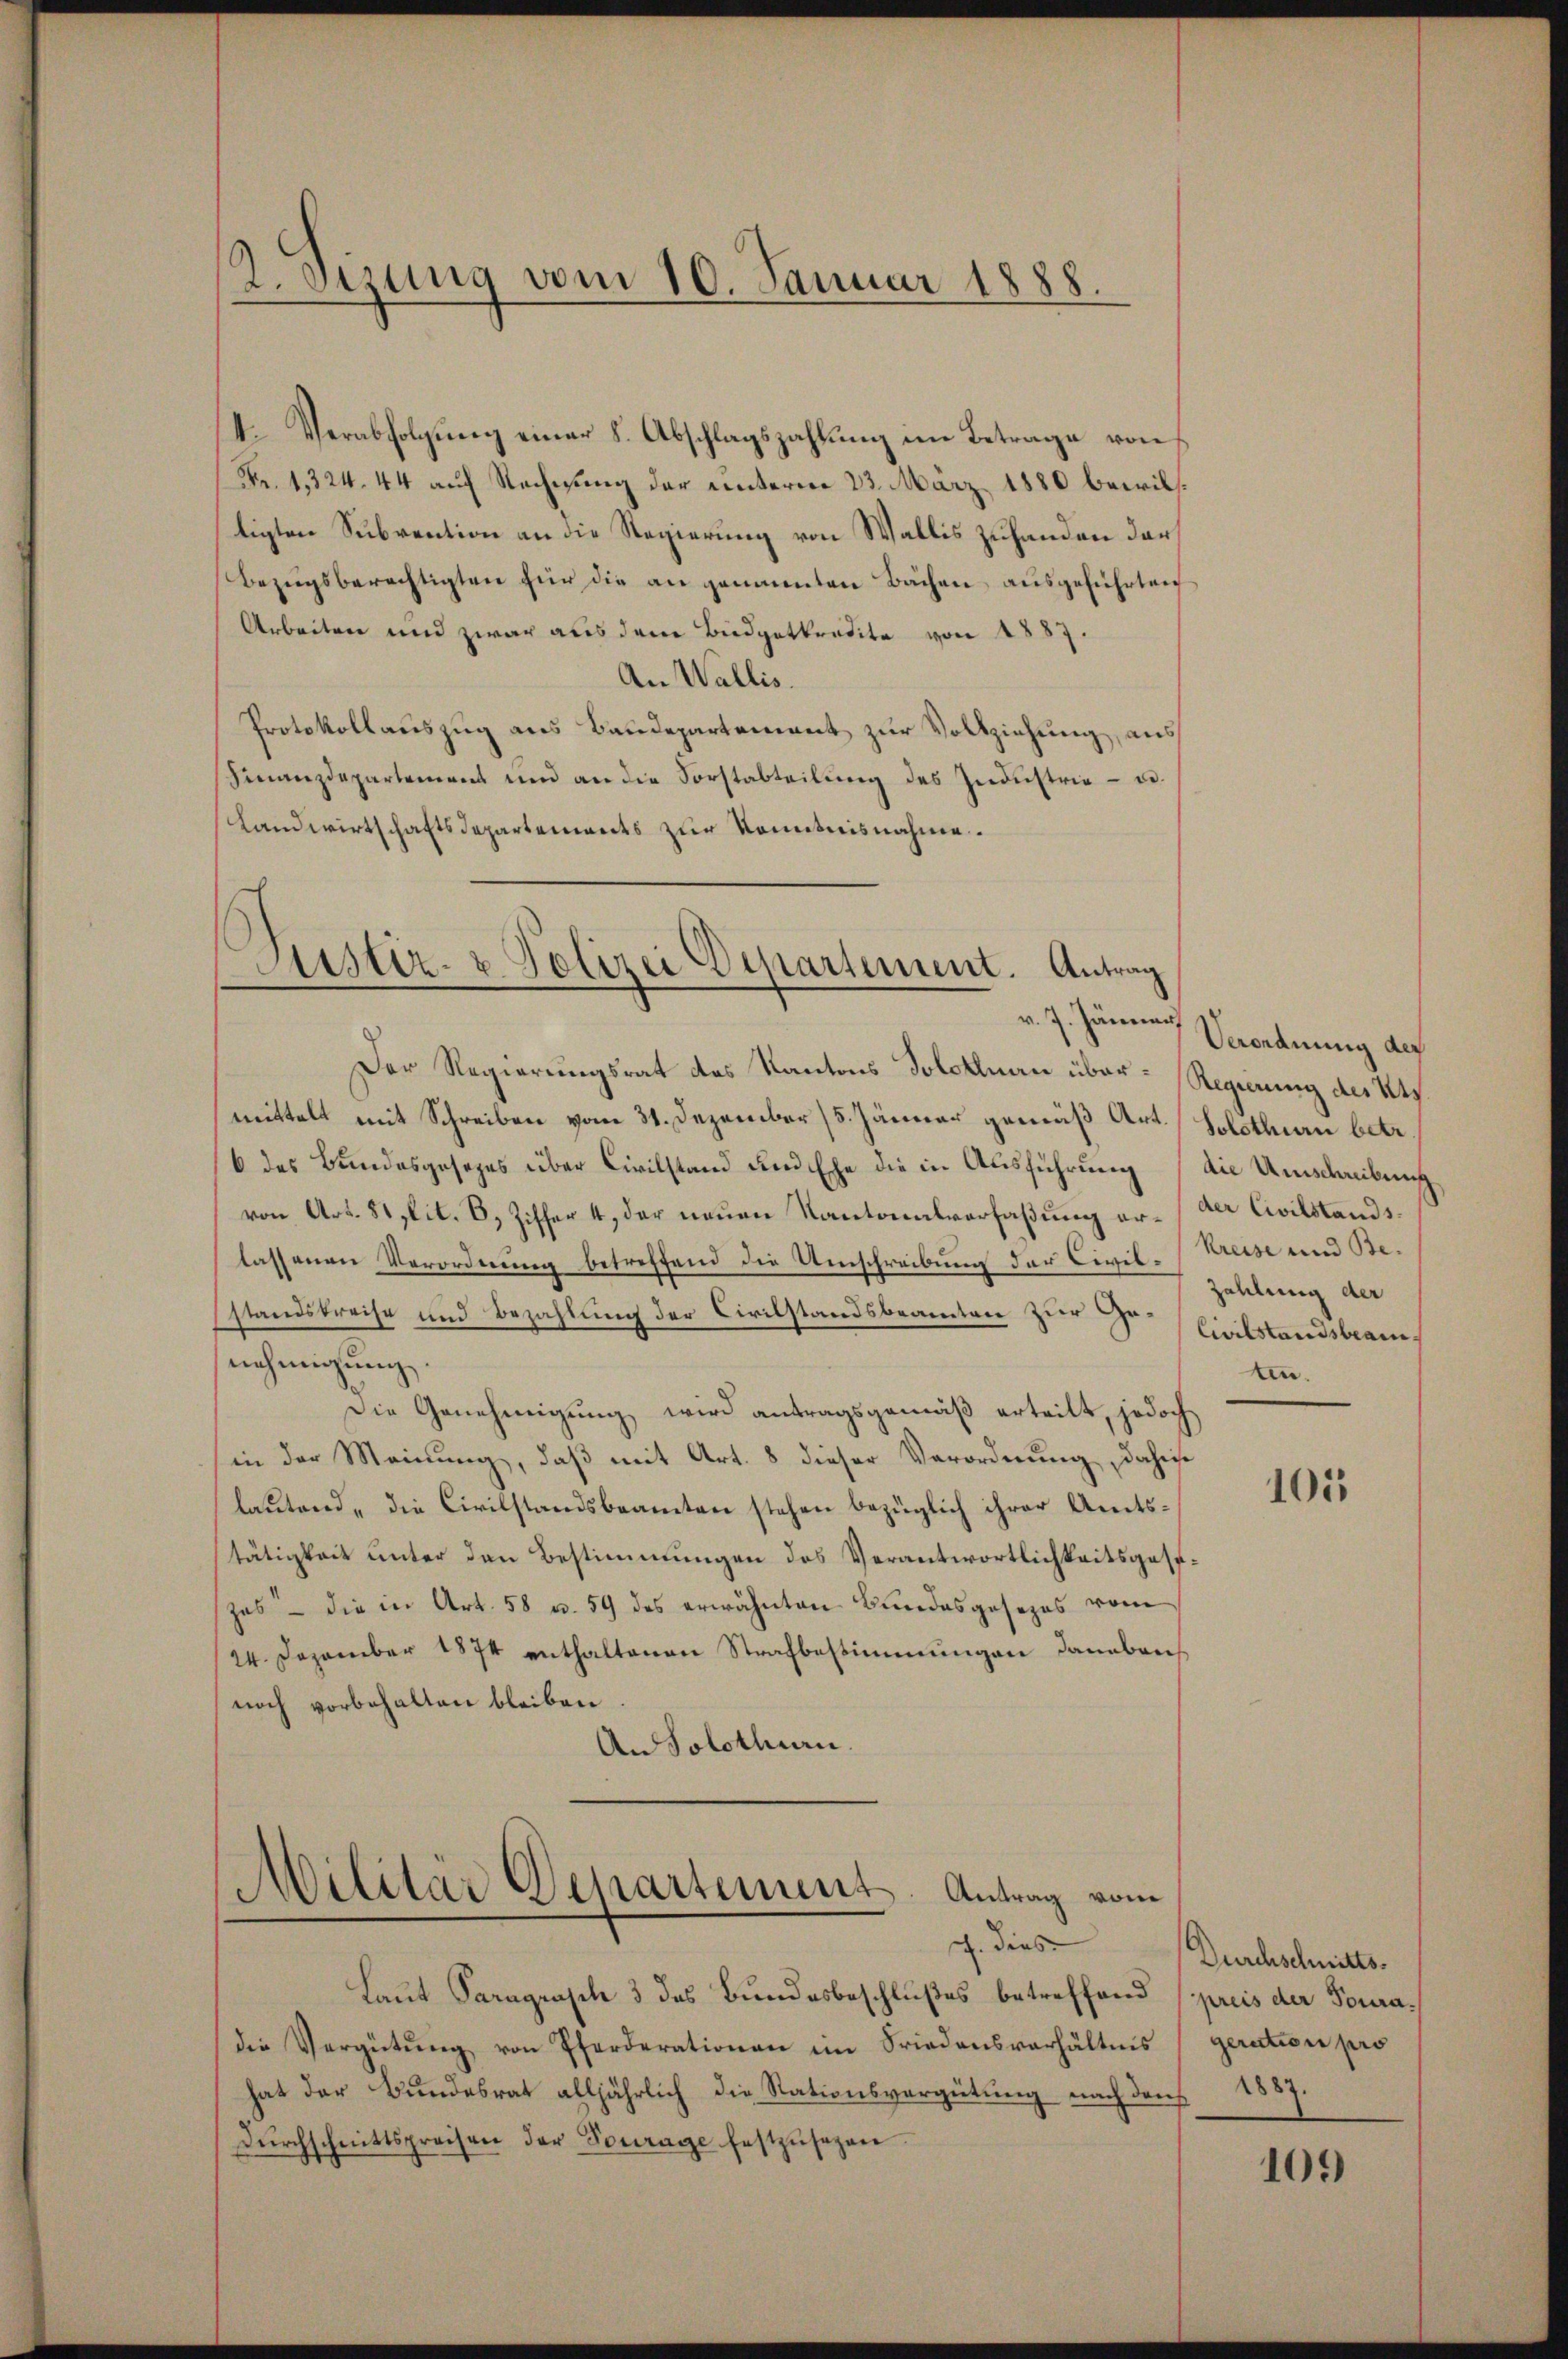
2. Sizung vom 10. Januar 1888.

Fr. 1324. 44 auf Rechnung der unterm 23. März 1880 bewiltigten Subvention an die Regierung von Wallis zuhanden dar¬
Bezugsberechtigten für die an genannten Bächen, ausgeführten
Arbeiten und zwar aus dem Büdgetkredite von 1887.
An Wallis.
Protokollauszug aus Baudepartement zur Vollziehung, aus
Finanzdepartement und an die Forstabteilung des Industrie - u.
Landwirtschaftsdepartements zur Komitnisnahme.

Der Regierungsrat des Kantons Solotlnau übermittelt mit Schreiben vom 31. Dezember 15. Jänner gemäß Art.
6 des Bundesgesezes über Civilstand und Ehe die in Ausführung (die Umschreibung
von Art. 81 lit. 6, Ziffer 4, der neuen Kantonalverfaßung er- der Civilstandslassenen Verordnung betreffend die Umschreibung der Civil- (Kreise und Bestandskreise und Bezahlung der Civilstandsbeamten zur Genehmigung.
Die Genehmigung wird antragsgemäß erteilt, jedoch
in der Meinung, daß mit Art. 8 dieser Verordnung, dahins
lautend „die Civilstandsbeamten stehen bezüglich ihrer Amtstätigkeit unter den Bestimmungen des Verantwortlichkeitsgesezas — die in Art. 58 u. 59 des erwähnten Bundesgesezes vom
24. Dezember 1874 enthaltenen Strafbestimmungen dannbrich
noch vorbehalten bleiben
An Solothurn.

k. Verabfolgung einer 8. Abschlagszahlung im Betrage von

Justiz- & Polizei Departement. Antrag
v. 7. Jänner

Militär Departement. Antrag vom
. dies

Laut Paragrasch 3 des Bundesbeschlußes betreffend (preis der Fouradie Vergütŭng von Pferderationen im Friedensverhältnis
hat der Bundesrat alljährlich die Rationsvergütung nach den
Dŭrchschnittspreisen der Fourage festzŭsehen

Verordnung der
Regierung des Kt.
Solothurn betr.
Zahlung der
Civilstandsbeam
ten.

105

Durchschnitts.
geration pro
1887.

109)